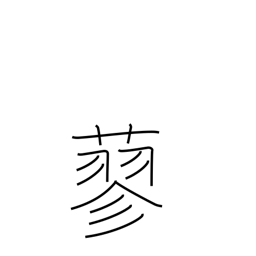
Meaning: a smartweed